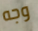
وجه